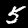
Digit: 5